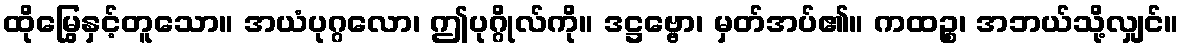
ထိုမြွေနှင့်တူသော။ အယံပုဂ္ဂလော၊ ဤပုဂ္ဂိုလ်ကို။ ဒဋ္ဌဗ္ဗော၊ မှတ်အပ်၏။ ကထဉ္စ၊ အဘယ်သို့လျှင်။